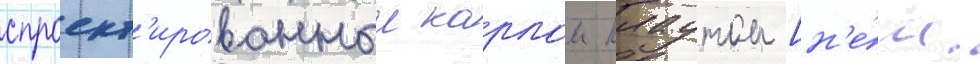
спроект'ированныи карлом плаутом [н'е́м.